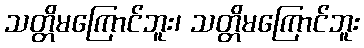
သတ္တိမကြောင်ဘူး၊ သတ္တိမကြောင်ဘူး